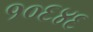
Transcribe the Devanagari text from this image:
१०६४६